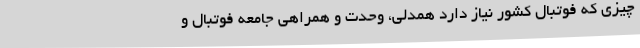
چیزی که فوتبال کشور نیاز دارد همدلی، وحدت و همراهی جامعه فوتبال و